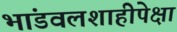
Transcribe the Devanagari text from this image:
भांडवलशाहीपेक्षा